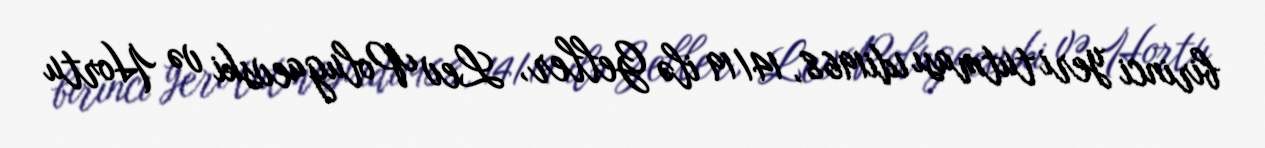
birinci yeri tutması idi1968, 14/19 ilə Geller, Lev Polugaevski və Hortu